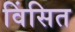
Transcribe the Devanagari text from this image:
विंसित